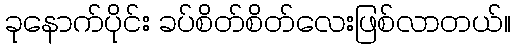
ခုနောက်ပိုင်း ခပ်စိတ်စိတ်လေးဖြစ်လာတယ်။